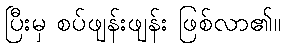
ပြီးမှ စပ်ဖျန်းဖျန်း ဖြစ်လာ၏။